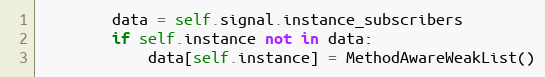
Language: Python
        data = self.signal.instance_subscribers
        if self.instance not in data:
            data[self.instance] = MethodAwareWeakList()